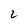
Character: 2